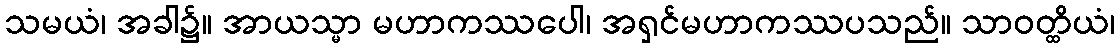
သမယံ၊ အခါ၌။ အာယသ္မာ မဟာကဿပေါ၊ အရှင်မဟာကဿပသည်။ သာဝတ္ထိယံ၊